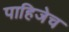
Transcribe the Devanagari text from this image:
पाहिजेच